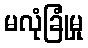
မလုံခြုံမှု